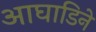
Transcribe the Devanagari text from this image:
आघाडिने